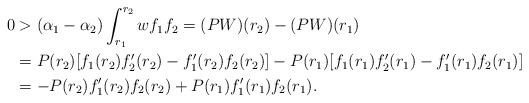
\begin{align*} 0&> (\alpha_1 - \alpha_2 ) \int_{r_1}^{r_2} w f_1 f_2 = (PW)(r_2) -(PW)(r_1) \\& = P(r_2) [f_1(r_2) f_2'(r_2) - f_1'(r_2) f_2(r_2) ] - P(r_1) [f_1(r_1) f_2'(r_1) - f_1'(r_1) f_2(r_1) ]\\& = -P(r_2) f_1'(r_2) f_2(r_2) + P(r_1) f_1'(r_1) f_2(r_1).\end{align*}